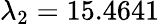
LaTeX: \lambda_{2}=15.4641